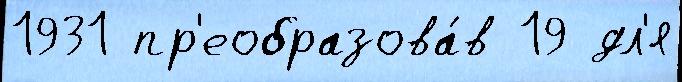
1931 пр'еобразова́в 19 дл'я